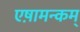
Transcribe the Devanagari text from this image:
एष़ामन्कम्